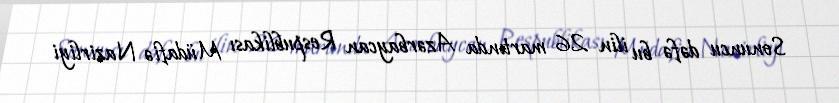
Sonuncu dəfə bu ilin 26 martında Azərbaycan Respublikası Müdafiə Nazirliyi